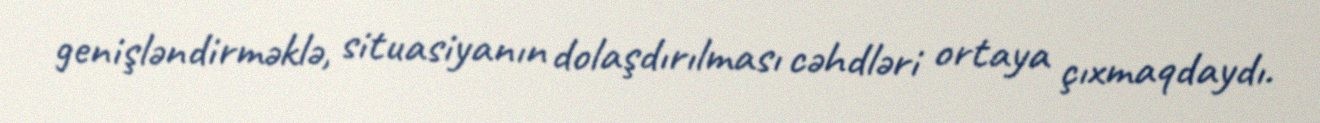
genişləndirməklə, situasiyanın dolaşdırılması cəhdləri ortaya çıxmaqdaydı.